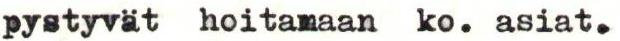
pystyvat hoitamaan ko. asiat.